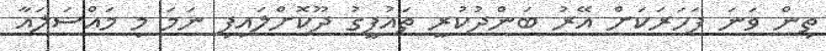
ތިން ވަނަ ފަހަރަކަށް އޭރު ބަންދުކުރީ ތައުފީގު ދޫކޮށްލައިފި ނަމަ މި މައްސަލައާ